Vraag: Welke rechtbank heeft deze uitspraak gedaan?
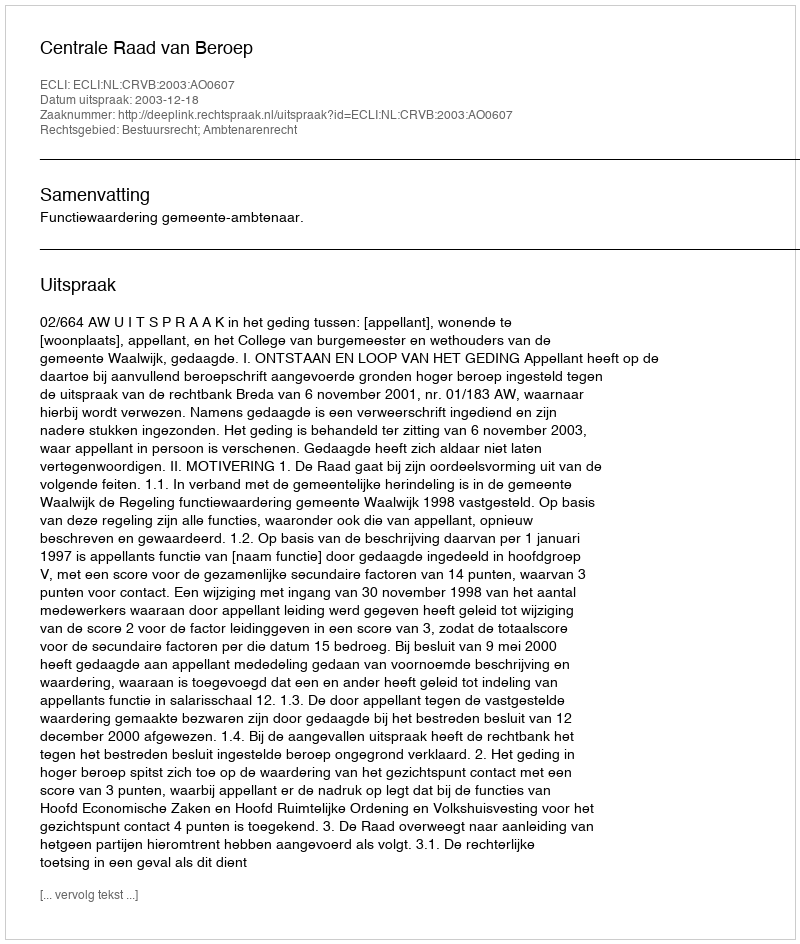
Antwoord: Centrale Raad van Beroep